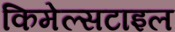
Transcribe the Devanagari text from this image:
किमेल्सटाइल